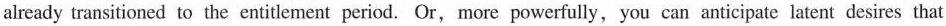
already transitioned to the entilement period. Or, more powerfully, you can anticipate latent desires that